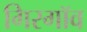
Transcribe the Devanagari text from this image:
गिरगॉव